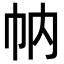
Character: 𢁩